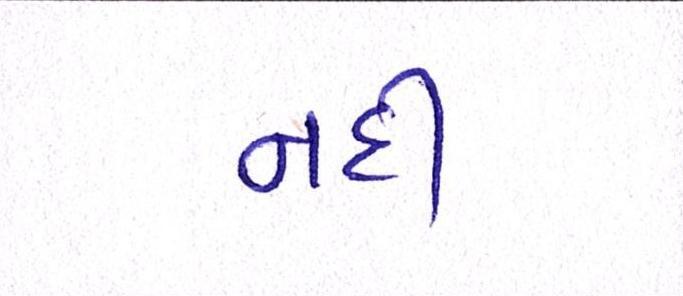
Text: નદી